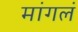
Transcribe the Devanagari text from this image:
मांगलं